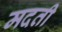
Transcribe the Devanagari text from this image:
मदती